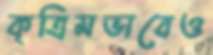
কৃত্রিমভাবেও